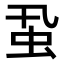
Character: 𧈲